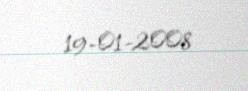
19-01-2008